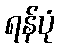
ရန်ပုံ